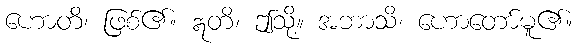
ဟောတိ၊ ဖြစ်၏။ ဣတိ၊ ဤသို့။ အဘာသိ၊ ဟောတော်မူ၏။